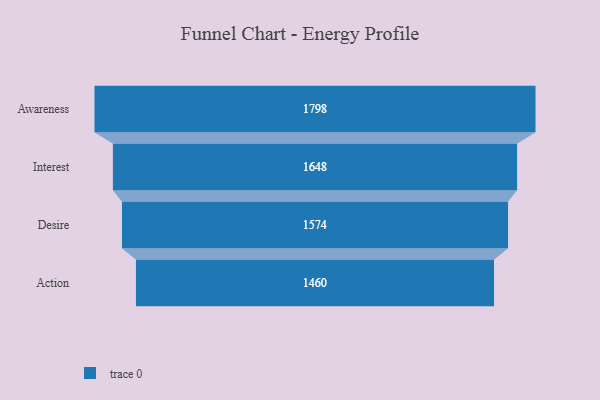
{"axis": {"x": "Stage", "y": "Value"}, "legend": [""], "data": [{"x": "Awareness", "y": 1798.0, "type": ""}, {"x": "Interest", "y": 1648.0, "type": ""}, {"x": "Desire", "y": 1574.0, "type": ""}, {"x": "Action", "y": 1460.0, "type": ""}]}